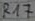
Text: R17